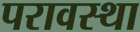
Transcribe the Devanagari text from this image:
परावस्था